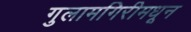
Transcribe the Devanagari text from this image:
गुलामगिरीमधून